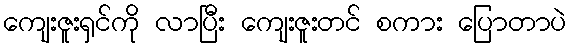
ကျေးဇူးရှင်ကို လာပြီး ကျေးဇူးတင် စကား ပြောတာပဲ